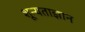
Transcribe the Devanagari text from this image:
शून्यताज्ञान